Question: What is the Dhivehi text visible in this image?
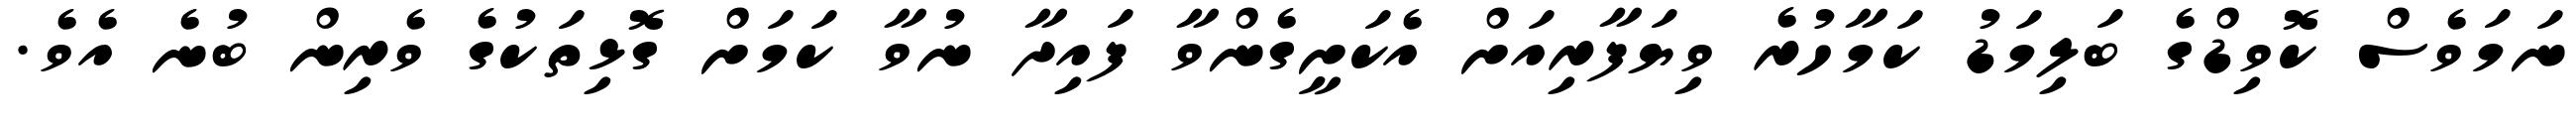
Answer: ނަމަވެސް ކޮވިޑްގެ ބަލިމަޑު ކަމާހުރެ ވިޔަފާރިއަށް އެކަށީގެންވާ ފައިދާ ނުވާ ކަމަށް ގޮޅިތަކުގެ ވެރިން ބުނެ އެވެ.